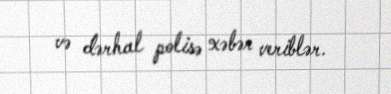
və dərhal polisə xəbər veriblər.